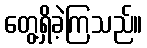
တွေ့ရှိခဲ့ကြသည်။